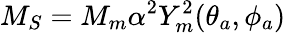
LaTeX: M_{S}=M_{m}\alpha^{2}Y_{m}^{2}(\theta_{a},\phi_{a})